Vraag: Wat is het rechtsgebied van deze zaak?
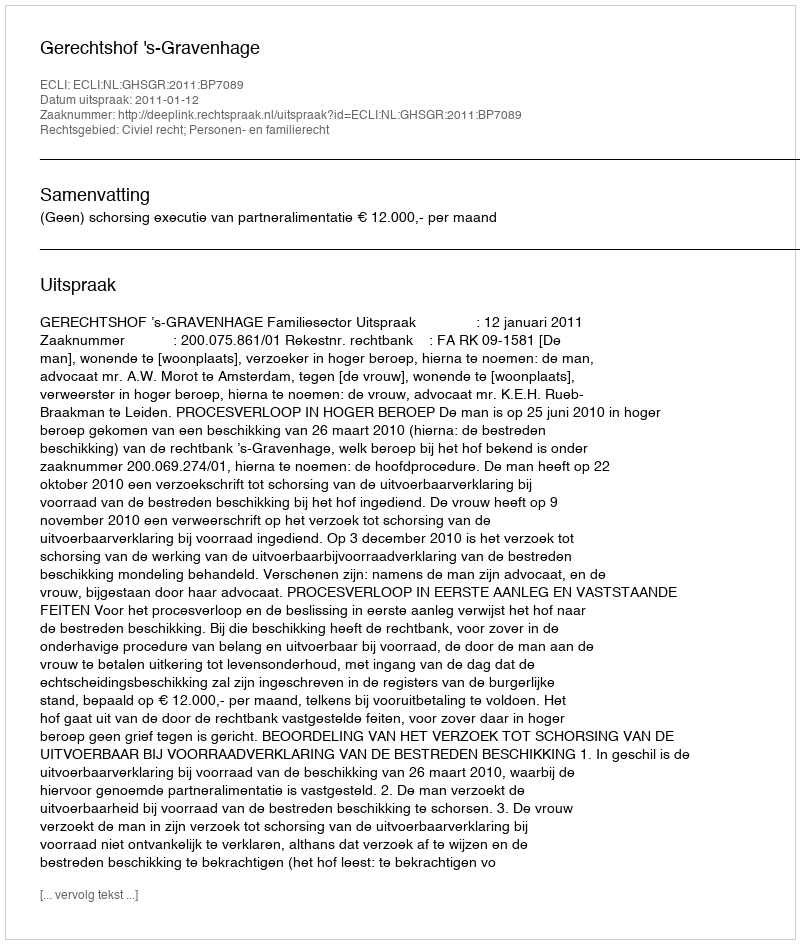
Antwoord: Civiel recht; Personen- en familierecht